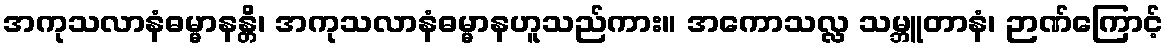
အကုသလာနံဓမ္မာနန္တိ၊ အကုသလာနံဓမ္မာနဟူသည်ကား။ အကောသလ္လ သမ္ဘူတာနံ၊ ဉာဏ်ကြောင့်